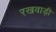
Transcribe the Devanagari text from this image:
रखवाड़ी